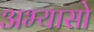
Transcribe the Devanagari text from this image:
अभ्यासो